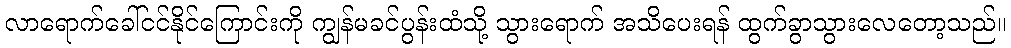
လာရောက်ခေါ်ငင်နိုင်ကြောင်းကို ကျွန်မခင်ပွန်းထံသို့ သွားရောက် အသိပေးရန် ထွက်ခွာသွားလေတော့သည်။